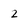
Character: 2